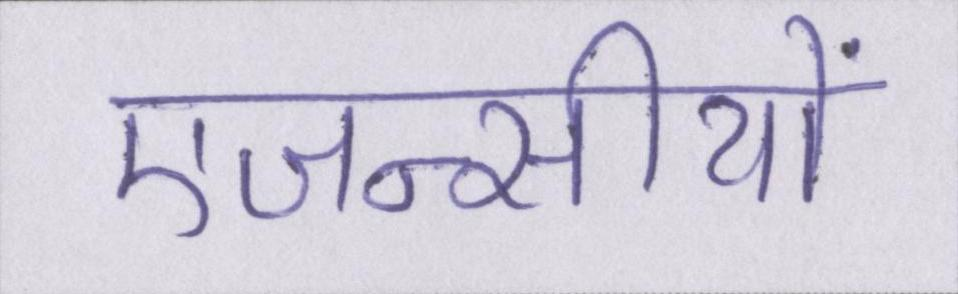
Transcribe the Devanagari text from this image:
एजन्सीयों